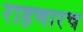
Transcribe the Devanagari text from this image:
राहणारच